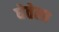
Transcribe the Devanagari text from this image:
घेतेला